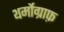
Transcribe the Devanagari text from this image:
थर्मोग्राफ़